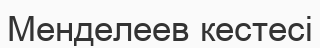
Менделеев кестесі